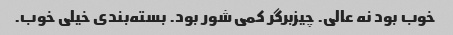
خوب بود نه عالی. چیزبرگر کمی شور بود. بسته‌بندی خیلی خوب.